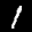
Label: 1